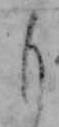
も